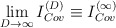
\begin{align*}\lim_{D\rightarrow\infty}I^{(D)}_{Cov}\equiv{}I^{(\infty)}_{Cov}\end{align*}